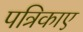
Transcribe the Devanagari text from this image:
पत्रिकाए